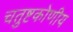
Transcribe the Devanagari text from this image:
चतुष्टकोणीय